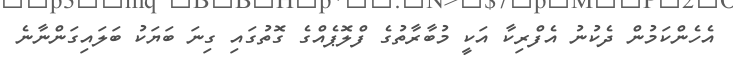
އެހެންކަމުން ދެކުނު އެފްރިކާ އަކީ މުބާރާތުގެ ފްލޮޕެއްގެ ގޮތުގައި ގިނަ ބަޔަކު ބަލައިގަންނާނެ